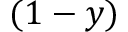
( 1 - y )